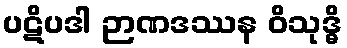
ပဋိပဒါ ဉာဏဒဿန ဝိသုဒ္ဓိ